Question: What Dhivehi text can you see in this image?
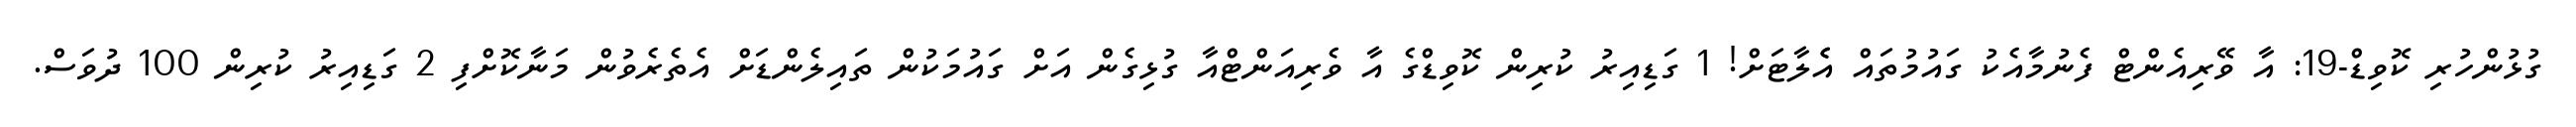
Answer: ގުޅުންހުރި ކޮވިޑް-19: އާ ވޭރިއެންޓް ފެނުމާއެކު ގައުމުތައް އެެލާޓަށް! 1 ގަޑިއިރު ކުރިން ކޮވިޑްގެ އާ ވެރިއަންޓްއާ ގުޅިގެން އަށް ގައުމަކުން ތައިލެންޑަށް އެތެރެވުން މަނާކޮށްފި 2 ގަޑިއިރު ކުރިން 100 ދުވަސް.